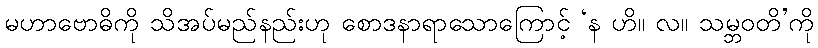
မဟာဗောဓိကို သိအပ်မည်နည်းဟု စောဒနာရာသောကြောင့် ‘န ဟိ။ လ။ သမ္ဘဝတိ’ကို